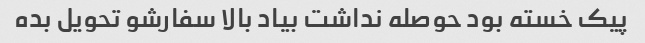
پیک خسته بود حوصله نداشت بیاد بالا سفارشو تحویل بده